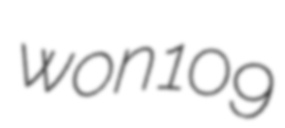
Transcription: won 109